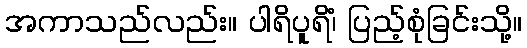
အကာသည်လည်း။ ပါရိပူရိံ၊ ပြည့်စုံခြင်းသို့။